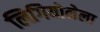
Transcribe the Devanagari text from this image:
लिगियोनेला